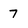
Character: 7